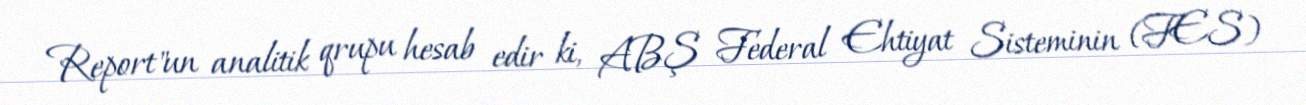
Report"un analitik qrupu hesab edir ki, ABŞ Federal Ehtiyat Sisteminin (FES)